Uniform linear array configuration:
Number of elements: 24
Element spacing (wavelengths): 0.75
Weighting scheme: exponential
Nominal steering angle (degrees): -30
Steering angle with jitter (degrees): -29.397
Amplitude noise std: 0.05
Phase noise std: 0.05

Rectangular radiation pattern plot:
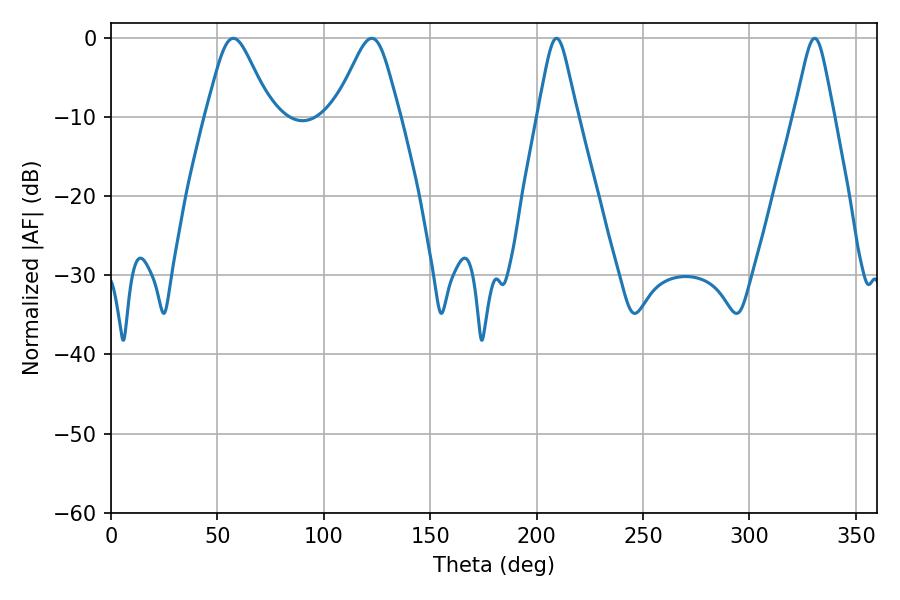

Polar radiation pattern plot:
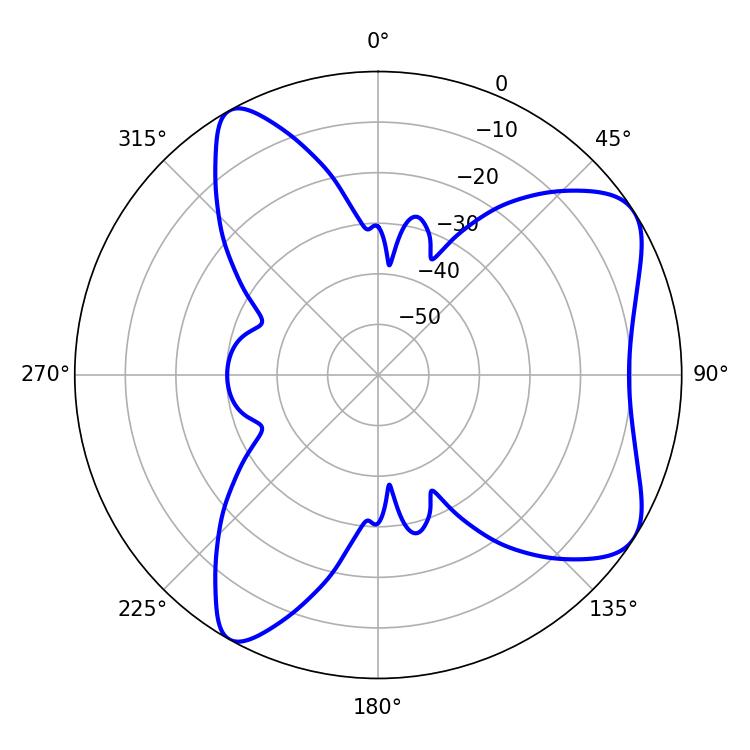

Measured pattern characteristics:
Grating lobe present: TRUE
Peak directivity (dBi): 7.276
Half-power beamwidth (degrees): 8.82
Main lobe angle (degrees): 330.66